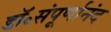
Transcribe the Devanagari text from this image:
डॉ॰संपूर्णानंद